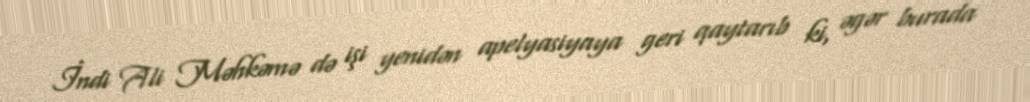
İndi Ali Məhkəmə də işi yenidən apelyasiyaya geri qaytarıb ki, əgər burada